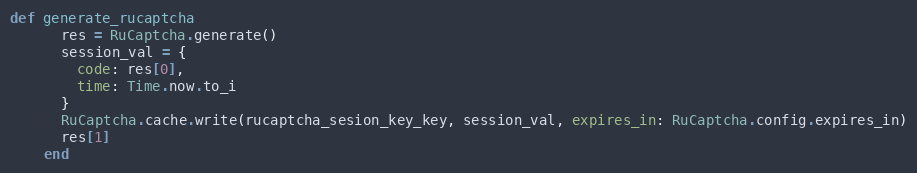
Language: Ruby
def generate_rucaptcha
      res = RuCaptcha.generate()
      session_val = {
        code: res[0],
        time: Time.now.to_i
      }
      RuCaptcha.cache.write(rucaptcha_sesion_key_key, session_val, expires_in: RuCaptcha.config.expires_in)
      res[1]
    end